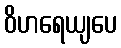
ဝိဟရေယျပေ